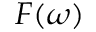
F ( \omega )